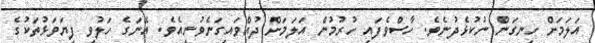
އަލަމަށް ހިނގަން ނުކުޅެދުނެވެ. ހާސްވެފައި ހުރުމުން އަލަމަށް ދުއްވައިގަނެވުނީއެވެ. އޭނަގެ ހަލުވި ފިޔަވަޅުތަކުގެ